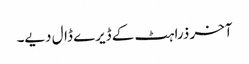
آخر ذرا ہٹ کے ڈیرے ڈال دیے۔